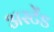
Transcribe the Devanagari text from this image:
अस्टेंड